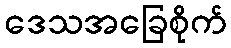
ဒေသအခြေစိုက်